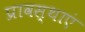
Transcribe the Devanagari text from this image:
प्रावस्थाएं